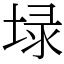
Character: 𡍖